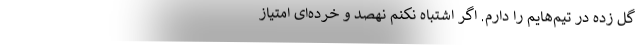
گل زده در تیم‌هایم را دارم. اگر اشتباه نکنم نهصد و خرده‌ای امتیاز